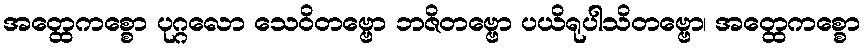
အတ္ထေကစ္စော ပုဂ္ဂလော သေဝိတဗ္ဗော ဘဇိတဗ္ဗော ပယိရုပါသိတဗ္ဗော၊ အတ္ထေကစ္စော